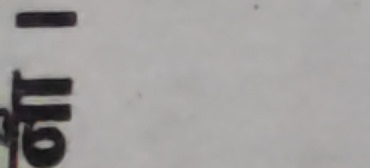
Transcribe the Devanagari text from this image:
माथि